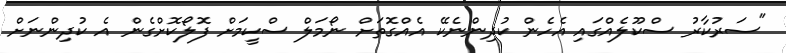
"ސަރުކާރު ސްކޫލެއްގައި އެހެން ކުދިންނެކޭ އެއްގޮތަށް ނޯމަލް ސްކީމަށް ފޮލޯކޮށްގެން އެ ކުދިންނަށް